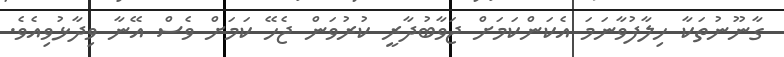
ގާނޫނުތަކާ ހިލާފުވާނަމަ އެކަންކަމަށް ޖަވާބުދާރީ ކުރުވަން ޖެހޭ ކަމަށް ވެސް އޭނާ ވިދާޅުވިއެވެ.